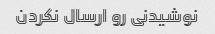
نوشیدنی رو ارسال نکردن